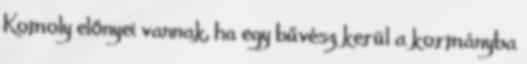
Komoly előnyei vannak, ha egy bűvész kerül a kormányba